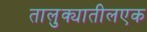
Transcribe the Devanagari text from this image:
तालुक्यातीलएक